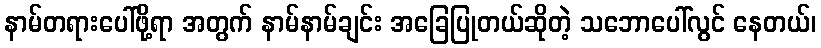
နာမ်တရားပေါ်ဖို့ရာ အတွက် နာမ်နာမ်ချင်း အခြေပြုတယ်ဆိုတဲ့ သဘောပေါ်လွင် နေတယ်၊